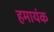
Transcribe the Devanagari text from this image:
हमायंक